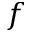
f